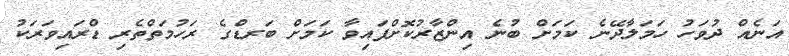
އަނެއް ދުވަހު ހަމަލާދޭނެ ކަމަށް ބުނެ އިންޒާރުކޮށްފައިވާ ކަމަށް ބަރޑްގެ ރަހުމަތްތެރި ޑްރައިވަރަކު